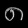
Digit: ၈